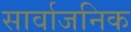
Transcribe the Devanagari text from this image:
सार्वाजनिक